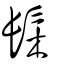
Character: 髤